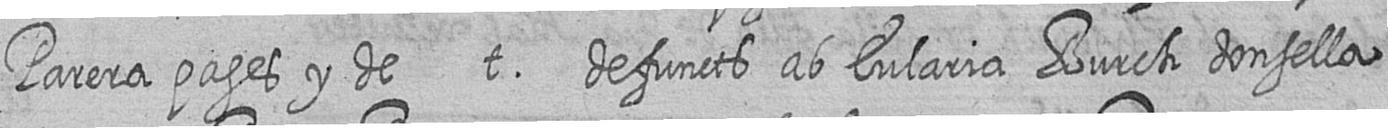
Parera pages y de t defuncts ab Eularia Burch donsella